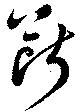
断